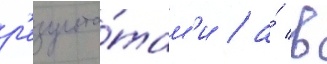
р'езульта́там'и / а́ в